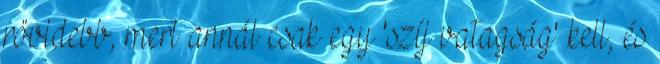
rövidebb, mert annál csak egy 'szíj vatagság' kell, és